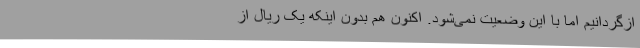
ازگردانیم اما با این وضعیت نمی‌شود. اکنون هم بدون اینکه یک ریال از